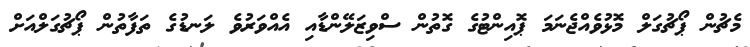
މެޗުން ޕޯޗުގަލް މޮޅުވެއްޖެނަމަ ޕޮއިންޓުގެ ގޮތުން ސްވިޒަލޭންޑާއި އެއްވަރުވެ ލަނޑުގެ ތަފާތުން ޕޯޗުގަލްއަށް